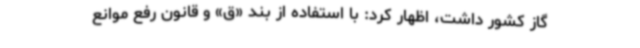
گاز کشور داشت، اظهار کرد: با استفاده از بند «ق» و قانون رفع موانع